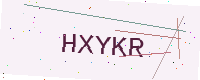
Text: HXYKR